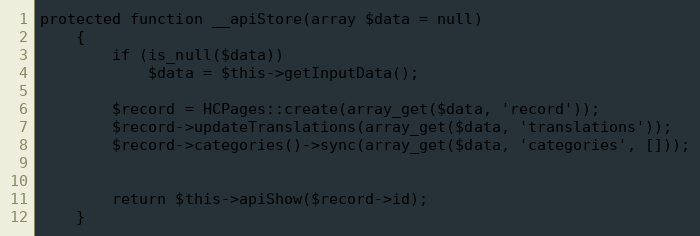
Language: PHP
protected function __apiStore(array $data = null)
    {
        if (is_null($data))
            $data = $this->getInputData();

        $record = HCPages::create(array_get($data, 'record'));
        $record->updateTranslations(array_get($data, 'translations'));
        $record->categories()->sync(array_get($data, 'categories', []));

        return $this->apiShow($record->id);
    }